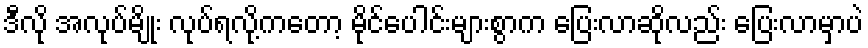
ဒီလို အလုပ်မျိုး လုပ်ရလို့ကတော့ မိုင်ပေါင်းများစွာက ပြေးလာဆိုလည်း ပြေးလာမှာပဲ